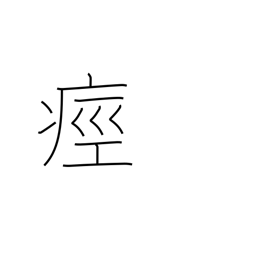
Meaning: have a cramp